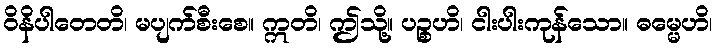
ဝိနိပါတေတိ၊ မပျက်စီးစေ။ ဣတိ၊ ဤသို့။ ပဉ္စဟိ၊ ငါးပါးကုန်သော။ ဓမ္မေဟိ၊